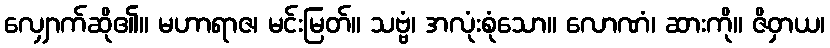
လျှောက်ဆို၏။ မဟာရာဇ၊ မင်းမြတ်။ သဗ္ဗံ၊ အလုံးစုံသော။ လောဏံ၊ ဆားကို။ ဇိဝှာယ၊